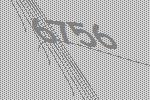
6756